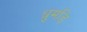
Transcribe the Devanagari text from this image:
धुमड़ि